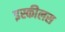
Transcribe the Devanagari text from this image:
इस्कीलस